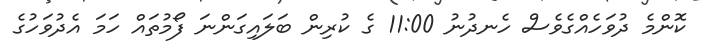
ކޮންމެ ދުވަހެއްގެވެސް ހެނދުނު 11:00 ގެ ކުރިން ބަލައިގަންނަ ފޯމުތައް ހަމަ އެދުވަހުގެ